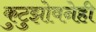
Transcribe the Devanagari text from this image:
कुटुझोवनेही